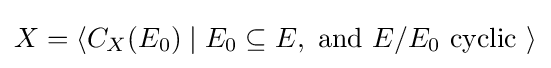
X=\langle C_{X}(E_{0})\mid E_{0}\subseteq E,{\text{ and }}E/E_{0}{\text{ cyclic }}\rangle